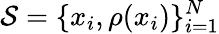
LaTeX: {\cal{S}}=\{ x_{i},\rho(x_{i})\} _{i=1}^{N}